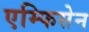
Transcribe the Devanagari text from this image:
एम्फिसेन